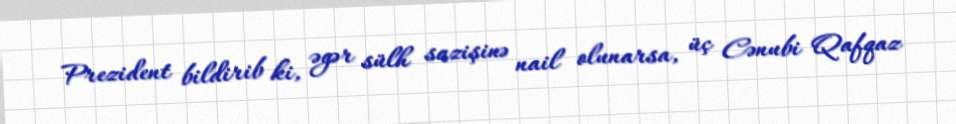
Prezident bildirib ki, əgər sülh sazişinə nail olunarsa, üç Cənubi Qafqaz